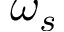
\omega _ { s }